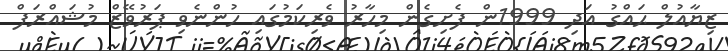
ޒިޔާއުލް ޙައްގު އަދި 1999ން ފެށިގެން މިހާރު ވެރިކަމުގައި ހުންނެވި ޕަރުވޭޒް މުޝައްރަފް